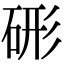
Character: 𥒱